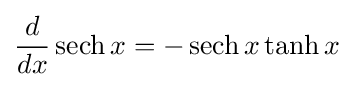
{\frac {d}{dx}}\operatorname {sech} x=-\operatorname {sech} {x}\tanh {x}